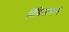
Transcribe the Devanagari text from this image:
बिंबिसाराने